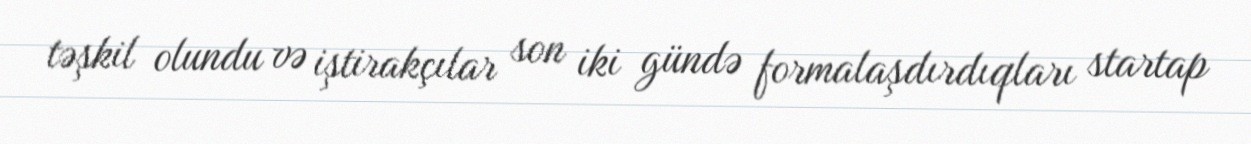
təşkil olundu və iştirakçılar son iki gündə formalaşdırdıqları startap